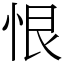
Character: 恨